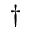
^ \dagger